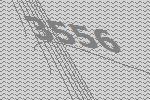
3556